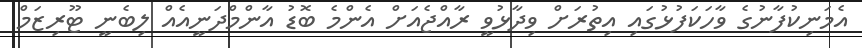
އެމަނިކުފާނުގެ ވާހަކަފުޅުގައި އިތުރަށް ވިދާޅުވީ ރާއްޖެއަށް އެންމެ ބޮޑު އާންމްދަނީއެއް ލިބެނީ ޓޫރިޒަމް